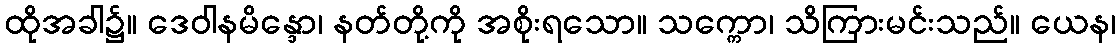
ထိုအခါ၌။ ဒေဝါနမိန္ဒော၊ နတ်တို့ကို အစိုးရသော။ သက္ကော၊ သိကြားမင်းသည်။ ယေန၊